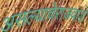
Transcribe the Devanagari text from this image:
असल्याचेराजवाडे